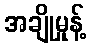
အချိုမှုန့်